Report of the King Institute of Preventive Medicine, Guindy
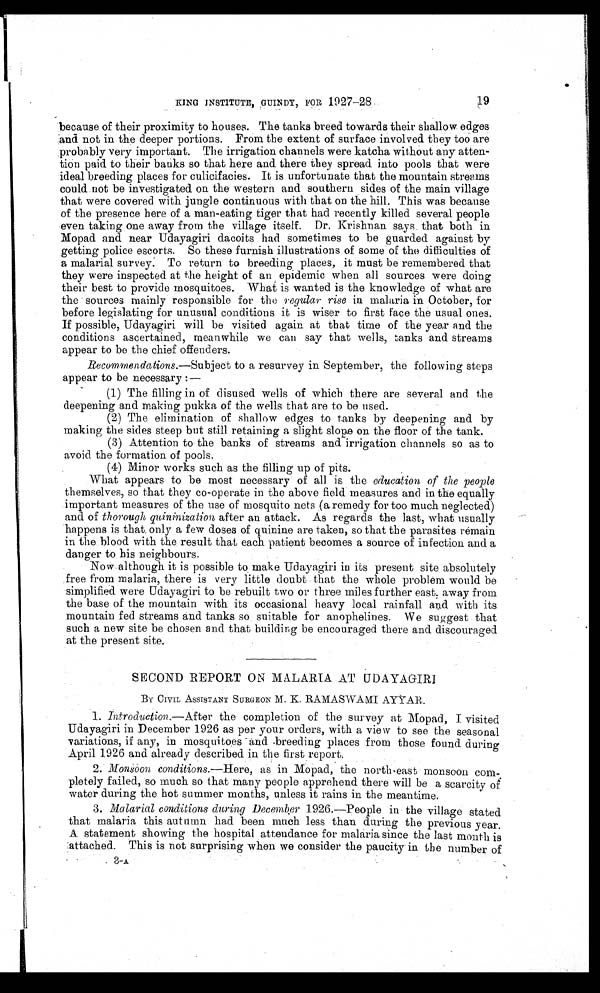
KING INSTITUTE, GUINDY, FOR 1927-28.
because of their proximity to houses. The tanks breed towards their shallow edges
and not in the deeper portions. From the extent of surface involved they too are
probably very important. The irrigation channels were katcha without any atten-
tion paid to their banks so that here and there they spread into pools that were
ideal breeding places for culicifacies. It is unfortunate that the mountain streams
could not be investigated on the western and southern sides of the main village
that were covered with jungle continuous with that on the hill. This was because
of the presence here of a man-eating tiger that had recently killed several people
even taking one away from the village itself. Dr. Krishnan says that both in
Mopad and near Udayagiri dacoits had sometimes to be guarded against by
getting police escorts. So these furnish illustrations of some of the difficulties of
a malarial survey. To return to breeding places, it must be remembered that
they were inspected at the height of an epidemic when all sources were doing
their best to provide mosquitoes. What is wanted is the knowledge of what are
the sources mainly responsible for the regular rise in malaria in October, for
before legislating for unusual conditions it is wiser to first face the usual ones.
If possible, Udayagiri will be visited again at that time of the year and the
conditions ascertained, meanwhile we can say that wells, tanks and streams
appear to he the chief offenders.
Recommendations.— Subject to a resurvey in September, the following steps
appear to be necessary :—
(1) The filling in of disused wells of which there are several and the
deepening and making pukka of the wells that are to be used.
(2) The elimination of shallow edges to tanks by deepening and by
making the sides steep but still retaining a slight slope on the floor of the tank.
(3) Attention to the banks of streams and irrigation channels so as to
avoid the formation of pools.
( 4 ) M i n o r w o r k s s u c h a s t h e f i l l i n g u p o f p i t s .
What appears to be most necessary of all is the education of the people
themselves, so that they co-operate in the above field measures and in the equally
important measures of the use of mosquito nets (a remedy for too much neglected)
and of thorough quininization after an attack. As regards the last, what usually
happens is that only a few doses of quinine are taken, so that the parasites remain
in the blood with the result that each patient becomes a source of infection and a
danger to his neighbours.
Now although it is possible to make Udayagiri in its present site absolutely
free from malaria, there is very little doubt that the whole problem would be
simplified were Udayagiri to be rebuilt two or three miles further east, away from
the base of the mountain with its occasional heavy local rainfall and with its
mountain fed streams and tanks so suitable for anophelines. We suggest that
such a new site be chosen and that building be encouraged there and discouraged
at the present site.
SECOND REPORT ON MALARIA AT UDAYAGIRI
BY CIVIL ASSISTANT SURGEON M. K. RAMASWAMI AYYAR.
1. Introduction.— After the completion of the survey at Mopad, I visited
Udayagiri in December 1926 as per your orders, with a view to see the seasonal
variations, if any, in mosquitoes and breeding places from those found during
April 1926 and already described in the first report.
2. Monoon conditions.— Here, as in Mopad, the north east monsoon com-
pletely failed, so much so that many people apprehend there will be a scarcity of'
water during the hot summer months, unless it rains in the meantime.
3. Malarial conditions during December 1926.—People in the village stated
that malaria this autumn had been much less than during the previous year.
A statement showing the hospital attendance for malaria since the last mouth is
attached. This is not surprising when we consider the paucity in the number of
3-A